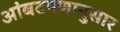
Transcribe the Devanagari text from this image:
आंबटपणानुसार